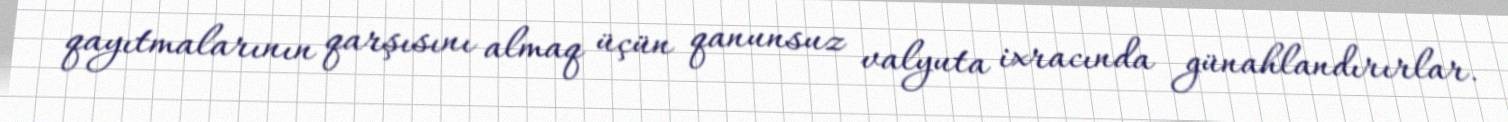
qayıtmalarının qarşısını almaq üçün qanunsuz valyuta ixracında günahlandırırlar.